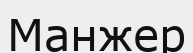
Манжер